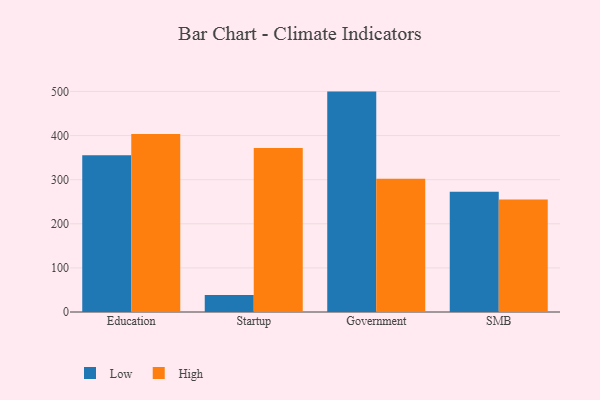
{"axis": {"x": "Segment", "y": "Satisfaction Score"}, "legend": ["High", "Low"], "data": [{"x": "Education", "y": 355.2, "type": "Low"}, {"x": "Education", "y": 403.6, "type": "High"}, {"x": "Startup", "y": 38.5, "type": "Low"}, {"x": "Startup", "y": 372.1, "type": "High"}, {"x": "Government", "y": 499.7, "type": "Low"}, {"x": "Government", "y": 302.2, "type": "High"}, {"x": "SMB", "y": 272.4, "type": "Low"}, {"x": "SMB", "y": 255.0, "type": "High"}]}